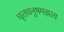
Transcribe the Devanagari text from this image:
धृतधनुषमह्नाय